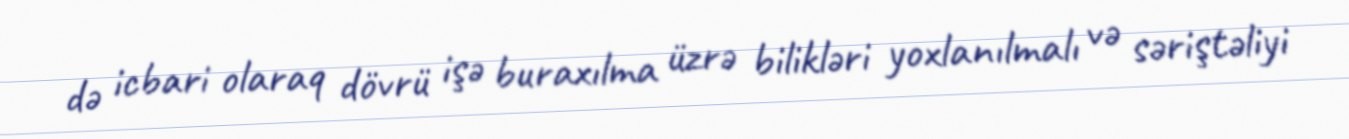
də icbari olaraq dövrü işə buraxılma üzrə bilikləri yoxlanılmalı və səriştəliyi